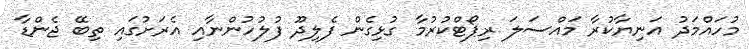
މުހައްމަދު އަނިޔާކުރާ މައްސަލަ ރިޕޯޓްކުރުމާ ގުޅިގެން ފެލިދޫ ފުލުހުންނާއި އެރަށުގައި ތިބޭ ޖެންޑާ